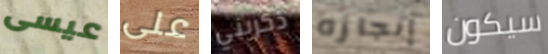
عيسى على ذكريني إنجازه سيكون